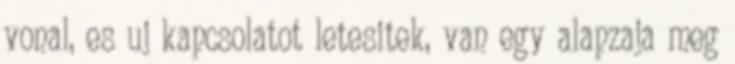
vonal, es uj kapcsolatot letesitek, van egy alapzaja meg